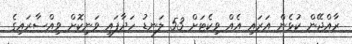
ރާއްޖޭން ކުޅެން އަރައި އެއް ވިކެޓަށް 53 ލަނޑު ހަދާފައި ވަނިކޮށް ވިއްސާރައިގެ